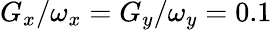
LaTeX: G_{x}/\omega_{x}=G_{y}/\omega_{y}=0.1